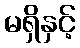
မရှိနှင့်